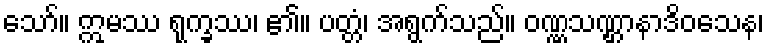
သော်။ ဣမဿ ရုက္ခဿ၊ ၏။ ပတ္တံ၊ အရွက်သည်။ ဝဏ္ဏသဏ္ဌာနာဒိဝသေန၊